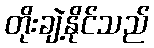
တိုးချဲ့နိုင်သည်